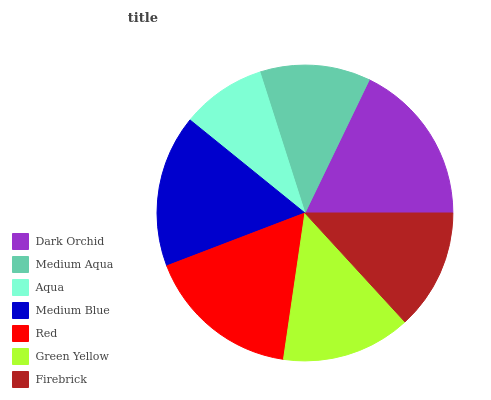
| Dark Orchid | Medium Aqua | Aqua | Medium Blue | Red | Green Yellow | Firebrick |
 | --- | --- | --- | --- | --- | --- | --- |
 | 17.8% | 12.1% | 9.24% | 16.7% | 16.9% | 14.1% | 13.2% |